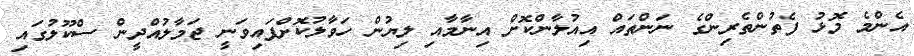
އެންމެ މޮޅު ފެތުންތެރިންގެ ނަންތައް އިއުލާންކޮށް އިނާމާއި ލިޔުން ހަވާލުކޮށްފައިވަނީ ޖަމާލުއްދީން ސްކޫލުގައި